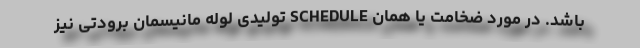
باشد. در مورد ضخامت یا همان SCHEDULE تولیدی لوله مانیسمان برودتی نیز